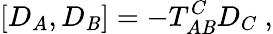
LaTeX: \left[D_{A},D_{\mathit{B}}\right]=-T_{A\mathit{B}}^{C}D_{C}\ ,